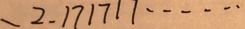
- 2 . 1 7 1 7 1 7 \cdots